Source: Handwritten
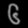
Digit: ၆ (6)